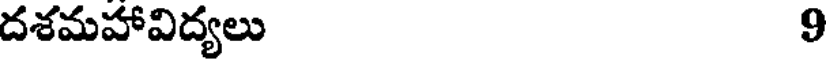
దశమహావిద్యలు 9